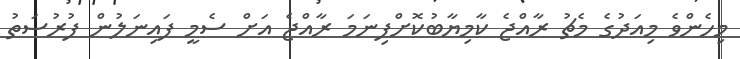
މިހެންވެ މިއަދުގެ މެޗު ރާއްޖެ ކާމިޔާބުކޮށްފިނަމަ ރާއްޖެ އަށް ސެމީ ފައިނަލުން ފުރުސަތު